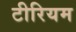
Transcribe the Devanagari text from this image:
टीरियम